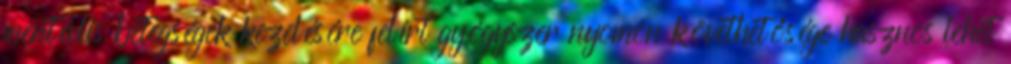
mentális betegségek kezelésére felírt gyógyszer nyomon követhetősége hasznos lehet